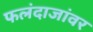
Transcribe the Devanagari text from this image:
फलंदाजांवर